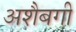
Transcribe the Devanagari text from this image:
अशैबगी